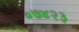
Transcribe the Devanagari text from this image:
०७४२३